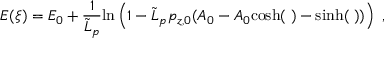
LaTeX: E ( \xi ) = E _ { 0 } + { \frac { 1 } { { \tilde { L } } _ { p } } } \mathrm { l n } \left( 1 - { \tilde { L } } _ { p } p _ { z , 0 } ( A _ { 0 } - A _ { 0 } \it { \cosh } ( \xi ) - \it { \sinh } ( \xi ) ) \right) ~ ,